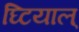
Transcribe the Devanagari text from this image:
घ्टियाल्